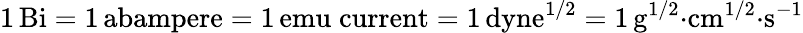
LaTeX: \mathrm{1\, Bi=1\, abampere=1\, emu\; current=1\, dyne^{1/2}=1\, g^{1/2}{\cdot}cm^{1/2}{\cdot}s^{-1}}